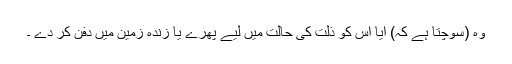
وہ (سوچتا ہے کہ) آیا اس کو ذلت کی حالت میں لیے پھرے یا زندہ زمین میں دفن کر دے ۔